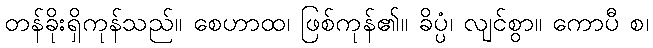
တန်ခိုးရှိကုန်သည်။ စေဟာထ၊ ဖြစ်ကုန်၏။ ခိပ္ပံ၊ လျင်စွာ။ ကောပီ စ၊